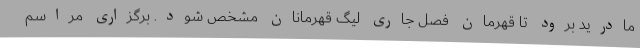
مادرید برود تا قهرمان فصل جاری لیگ قهرمانان مشخص شود. برگزاری مراسم